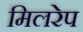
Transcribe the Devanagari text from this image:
मिलरेप